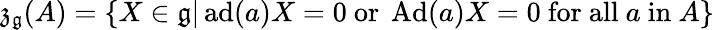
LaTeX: {\mathfrak{z}}_{\mathfrak{g}}(A)=\{ X\in{\mathfrak{g}}|\operatorname{ad}(a)X=0{\mathrm{~or~}}\operatorname{Ad}(a)X=0{\mathrm{~for~all~}}a{\mathrm{~in~}}A\}